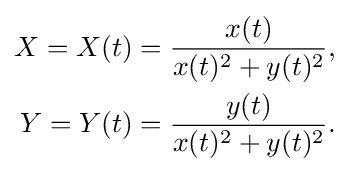
{\begin{aligned}X=X(t)&={\frac {x(t)}{x(t)^{2}+y(t)^{2}}},\\Y=Y(t)&={\frac {y(t)}{x(t)^{2}+y(t)^{2}}}.\end{aligned}}